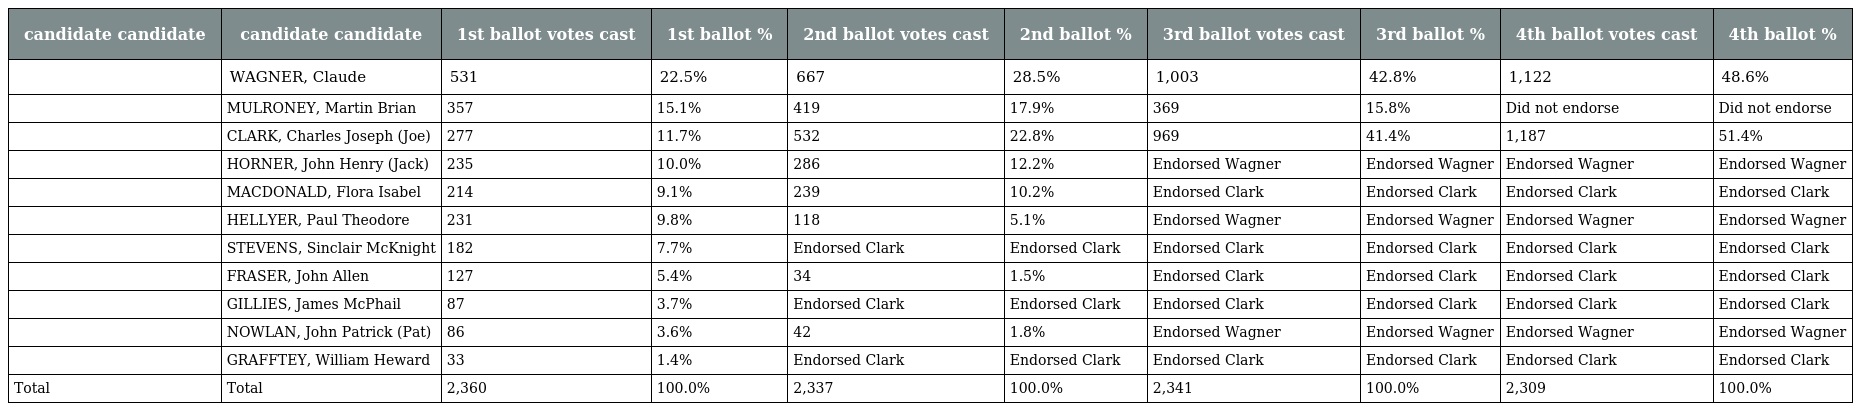
| candidate candidate | candidate candidate | 1st ballot votes cast | 1st ballot % | 2nd ballot votes cast | 2nd ballot % | 3rd ballot votes cast | 3rd ballot % | 4th ballot votes cast | 4th ballot % |
 | --- | --- | --- | --- | --- | --- | --- | --- | --- | --- |
 |  | WAGNER, Claude | 531 | 22.5% | 667 | 28.5% | 1,003 | 42.8% | 1,122 | 48.6% |
 |  | MULRONEY, Martin Brian | 357 | 15.1% | 419 | 17.9% | 369 | 15.8% | Did not endorse | Did not endorse |
 |  | CLARK, Charles Joseph (Joe) | 277 | 11.7% | 532 | 22.8% | 969 | 41.4% | 1,187 | 51.4% |
 |  | HORNER, John Henry (Jack) | 235 | 10.0% | 286 | 12.2% | Endorsed Wagner | Endorsed Wagner | Endorsed Wagner | Endorsed Wagner |
 |  | MACDONALD, Flora Isabel | 214 | 9.1% | 239 | 10.2% | Endorsed Clark | Endorsed Clark | Endorsed Clark | Endorsed Clark |
 |  | HELLYER, Paul Theodore | 231 | 9.8% | 118 | 5.1% | Endorsed Wagner | Endorsed Wagner | Endorsed Wagner | Endorsed Wagner |
 |  | STEVENS, Sinclair McKnight | 182 | 7.7% | Endorsed Clark | Endorsed Clark | Endorsed Clark | Endorsed Clark | Endorsed Clark | Endorsed Clark |
 |  | FRASER, John Allen | 127 | 5.4% | 34 | 1.5% | Endorsed Clark | Endorsed Clark | Endorsed Clark | Endorsed Clark |
 |  | GILLIES, James McPhail | 87 | 3.7% | Endorsed Clark | Endorsed Clark | Endorsed Clark | Endorsed Clark | Endorsed Clark | Endorsed Clark |
 |  | NOWLAN, John Patrick (Pat) | 86 | 3.6% | 42 | 1.8% | Endorsed Wagner | Endorsed Wagner | Endorsed Wagner | Endorsed Wagner |
 |  | GRAFFTEY, William Heward | 33 | 1.4% | Endorsed Clark | Endorsed Clark | Endorsed Clark | Endorsed Clark | Endorsed Clark | Endorsed Clark |
 | Total | Total | 2,360 | 100.0% | 2,337 | 100.0% | 2,341 | 100.0% | 2,309 | 100.0% |